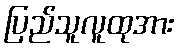
ပြည်သူလူထုအား